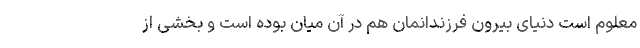
معلوم است دنیای بیرون فرزندانمان هم در آن میان بوده است و بخشی از